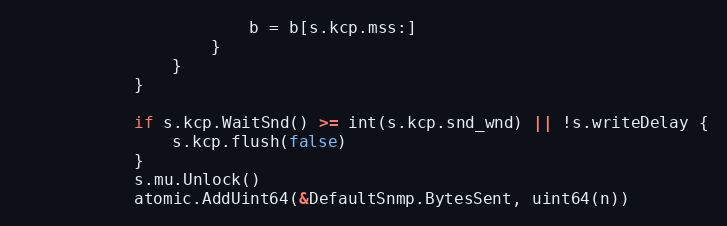
Language: Go
						b = b[s.kcp.mss:]
					}
				}
			}

			if s.kcp.WaitSnd() >= int(s.kcp.snd_wnd) || !s.writeDelay {
				s.kcp.flush(false)
			}
			s.mu.Unlock()
			atomic.AddUint64(&DefaultSnmp.BytesSent, uint64(n))